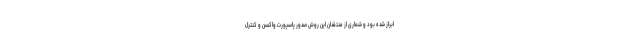
ابراز شده بود و شماری از منتقدان این روش صدور پاسپورت واکسن و کنترل